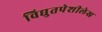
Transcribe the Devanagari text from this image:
विद्युतपेशीलेख